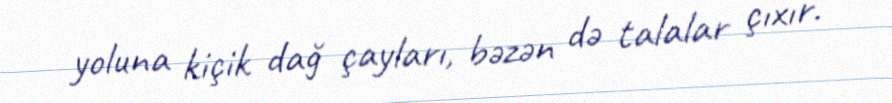
yoluna kiçik dağ çayları, bəzən də talalar çıxır.